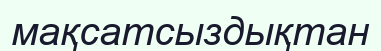
мақсатсыздықтан